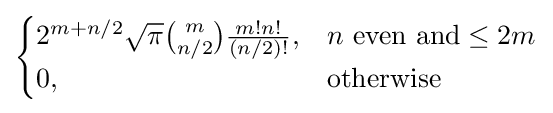
{\begin{cases}2^{m+n/2}{\sqrt {\pi }}{\binom {m}{n/2}}{\frac {m!n!}{(n/2)!}},&n{\text{ even and}}\leq 2m\\0,&{\text{otherwise}}\end{cases}}